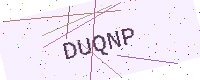
Text: DUQNP